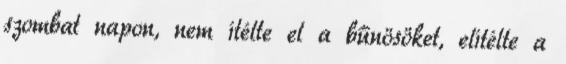
szombat napon, nem ítélte el a bűnösöket, elítélte a